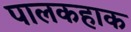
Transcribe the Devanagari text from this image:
पालकहाक